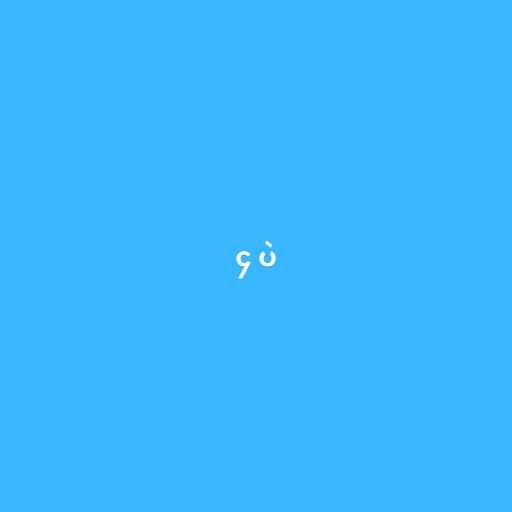
၄ ပဲ